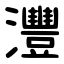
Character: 灃